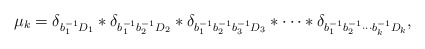
\begin{align*}\mu_{k}=\delta_{b_{1}^{-1}D_1}\ast\delta_{b_{1}^{-1}b_{2}^{-1}D_2}\ast\delta_{b_{1}^{-1}b_{2}^{-1} b_{3}^{-1}D_3}\ast\cdots\ast\delta_{b_{1}^{-1}b_{2}^{-1}\cdots b_{k}^{-1}D_k},\end{align*}